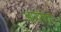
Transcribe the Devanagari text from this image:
आर्याणाम्